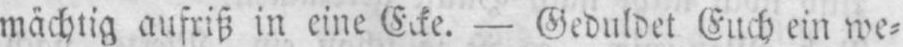
- Geduldet Euch ein we⸗